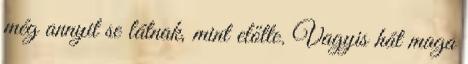
még annyit se látnak, mint előtte. Vagyis hát maga